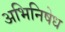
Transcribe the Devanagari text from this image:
अभिनिषेध